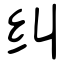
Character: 纠